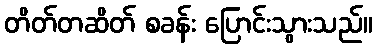
တိတ်တဆိတ် စခန်း ပြောင်းသွားသည်။